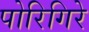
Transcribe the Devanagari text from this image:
पोरिगिरे